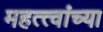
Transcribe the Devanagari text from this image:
महत्त्वांच्या